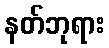
နတ်ဘုရား